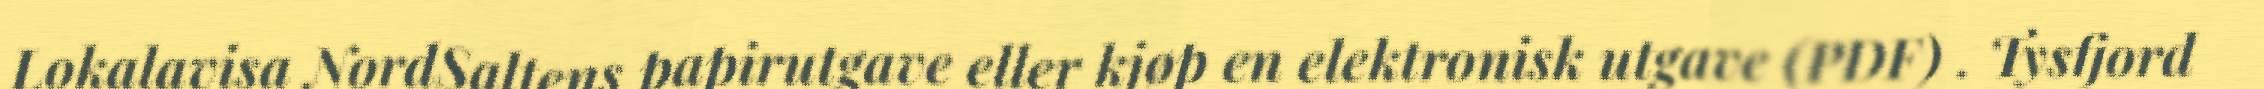
Lokalavisa NordSaltens papirutgave eller kjøp en elektronisk utgave (PDF) . Tysfjord